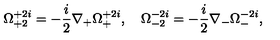
\Omega _ { + 2 } ^ { + 2 i } = - \frac { i } { 2 } \nabla _ { + } \Omega _ { + } ^ { + 2 i } , \quad \Omega _ { - 2 } ^ { - 2 i } = - \frac { i } { 2 } \nabla _ { - } \Omega _ { - } ^ { - 2 i } ,